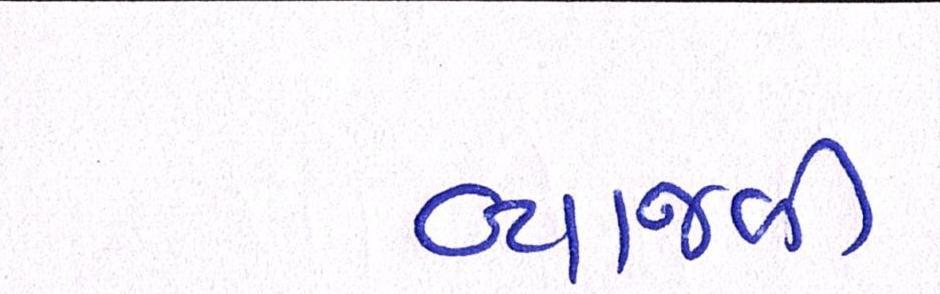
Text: વ્યાજબી